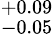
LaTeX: ^{+0.09}_{-0.05}